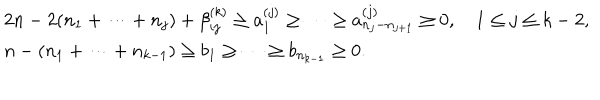
LaTeX: \begin{array} { l } { { 2 n - 2 ( n _ { 1 } + \cdots + n _ { j } ) + \beta _ { i j } ^ { ( k ) } \geq a _ { 1 } ^ { ( j ) } \geq \cdots \geq a _ { n _ { j } - n _ { j + 1 } } ^ { ( j ) } \geq 0 , ~ 1 \leq j \leq k - 2 , } } \\ { { n - ( n _ { 1 } + \cdots + n _ { k - 1 } ) \geq b _ { 1 } \geq \cdots \geq b _ { n _ { k - 1 } } \geq 0 . } } \\ \end{array}